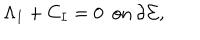
\Lambda _ { I } + C _ { I } = 0 \, \, \, \mathrm { o n } \, \partial \Sigma ,